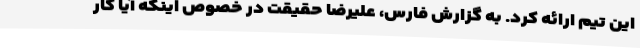
این تیم ارائه کرد. به گزارش فارس، علیرضا حقیقت در خصوص اینکه آیا کار